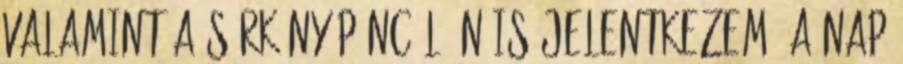
valamint a sárkány páncél Én is jelentkezem, a nap